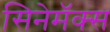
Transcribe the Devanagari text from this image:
सिनेमॅक्स